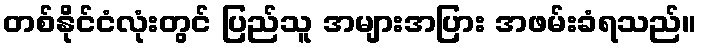
တစ်နိုင်ငံလုံးတွင် ပြည်သူ အများအပြား အဖမ်းခံရသည်။